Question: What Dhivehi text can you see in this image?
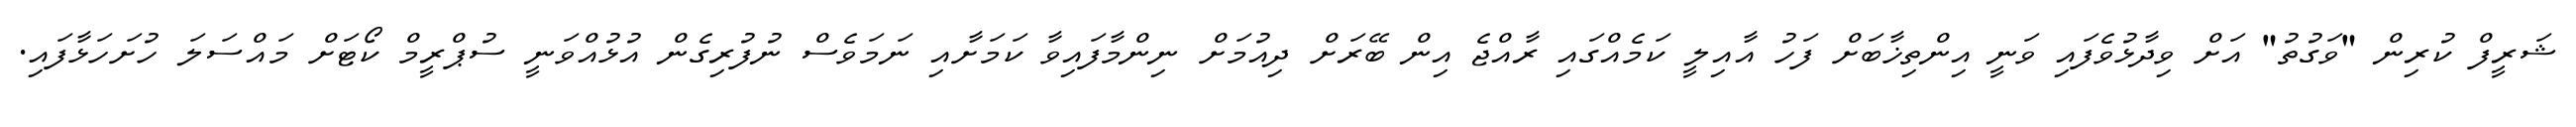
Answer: ޝަރީފް ކުރިން "ވަގުތު" އަށް ވިދާޅުވެފައި ވަނީ އިންތިޚާބަށް ފަހު އާއިލީ ކަމެއްގައި ރާއްޖެ އިން ބޭރަށް ދިއުމަށް ނިންމާފައިވާ ކަމަށާއި ނަމަވެސް ނުފުރިގެން އުޅުއްވަނީ ސުޕްރީމް ކޯޓަށް މައްސަލަ ހުށަހަޅާފައި.